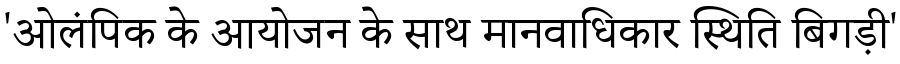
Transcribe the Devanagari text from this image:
'ओलंपिक के आयोजन के साथ मानवाधिकार स्थिति बिगड़ी'